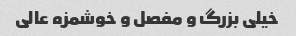
خیلی بزرگ و مفصل و خوشمزه عالی